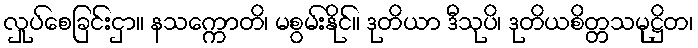
လှုပ်စေခြင်းငှာ။ နသက္ကောတိ၊ မစွမ်းနိုင်။ ဒုတိယာ ဒီသုပိ၊ ဒုတိယစိတ္တသမုဋ္ဌိတ၊